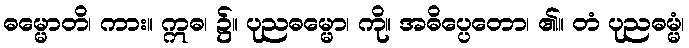
ဓမ္မောတိ၊ ကား။ ဣဓ၊ ၌။ ပုညဓမ္မော၊ ကို။ အဓိပ္ပေတော၊ ၏။ တံ ပုညဓမ္မံ၊